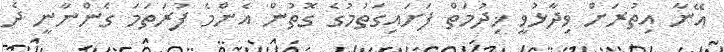
އޭނާ އިތުރަށް ވިދާޅުވީ ޚިދުމަތް ފަށައިގަތުމުގެ ގޮތުން އެންމެ ފުރަތަމަ ގެންނާނީ ދެ